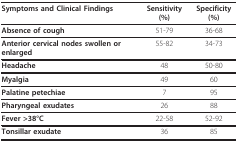
<table><thead><tr><td><b>Symptoms and Clinical Findings</b></td><td><b>Sensitivity (%)</b></td><td><b>Specificity (%)</b></td></tr></thead><tbody><tr><td><b>Absence of cough</b></td><td>51-79</td><td>36-68</td></tr><tr><td><b>Anterior cervical nodes swollen or enlarged</b></td><td>55-82</td><td>34-73</td></tr><tr><td><b>Headache</b></td><td>48</td><td>50-80</td></tr><tr><td><b>Myalgia</b></td><td>49</td><td>60</td></tr><tr><td><b>Palatine petechiae</b></td><td>7</td><td>95</td></tr><tr><td><b>Pharyngeal exudates</b></td><td>26</td><td>88</td></tr><tr><td><b>Fever &gt;38°C</b></td><td>22-58</td><td>52-92</td></tr><tr><td><b>Tonsillar exudate</b></td><td>36</td><td>85</td></tr></tbody></table>